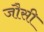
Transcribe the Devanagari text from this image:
जौसी